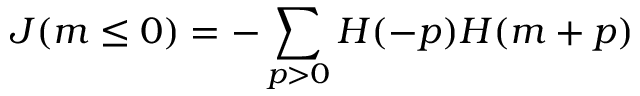
J ( m \le 0 ) = - \sum _ { p > 0 } H ( - p ) H ( m + p )